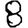
Digit: 8